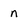
Character: n